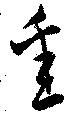
悉